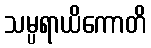
သမ္ပရာယိကောတိ